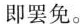
即罢免。